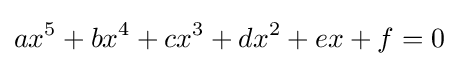
ax^{5}+bx^{4}+cx^{3}+dx^{2}+ex+f=0